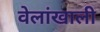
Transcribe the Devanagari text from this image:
वेलांखाली